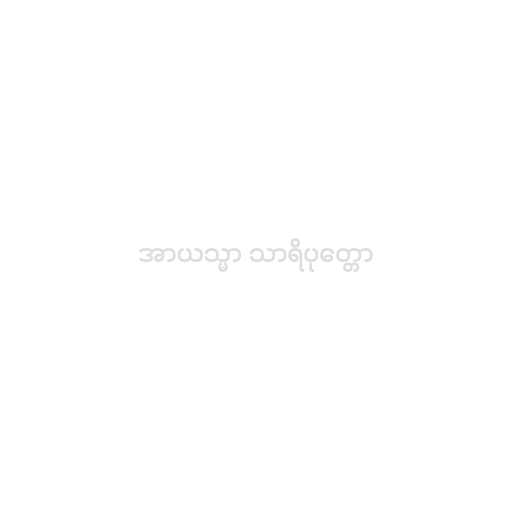
အာယသ္မာ သာရိပုတ္တော